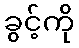
ခွင့်ကို